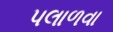
પલાળવા